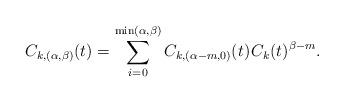
LaTeX: \begin{align*}C_{k,(\alpha,\beta)}(t) = \sum_{i=0}^{\min(\alpha,\beta)} C_{k,(\alpha-m,0)}(t) \kern+1pt C_k(t)^{\beta-m}.\end{align*}